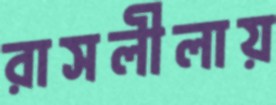
রাসলীলায়